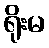
ရိုးမ